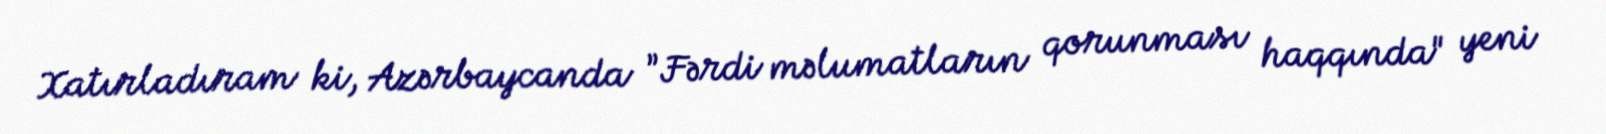
Xatırladıram ki, Azərbaycanda ”Fərdi məlumatların qorunması haqqında" yeni